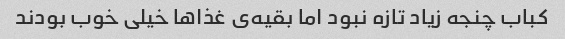
کباب چنجه زیاد تازه نبود اما بقیه‌ی غذا‌ها خیلی خوب بودند